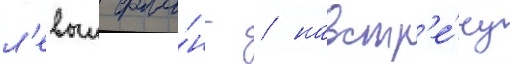
л'евыи фла́нг / навстр'е́чу